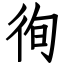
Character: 徇